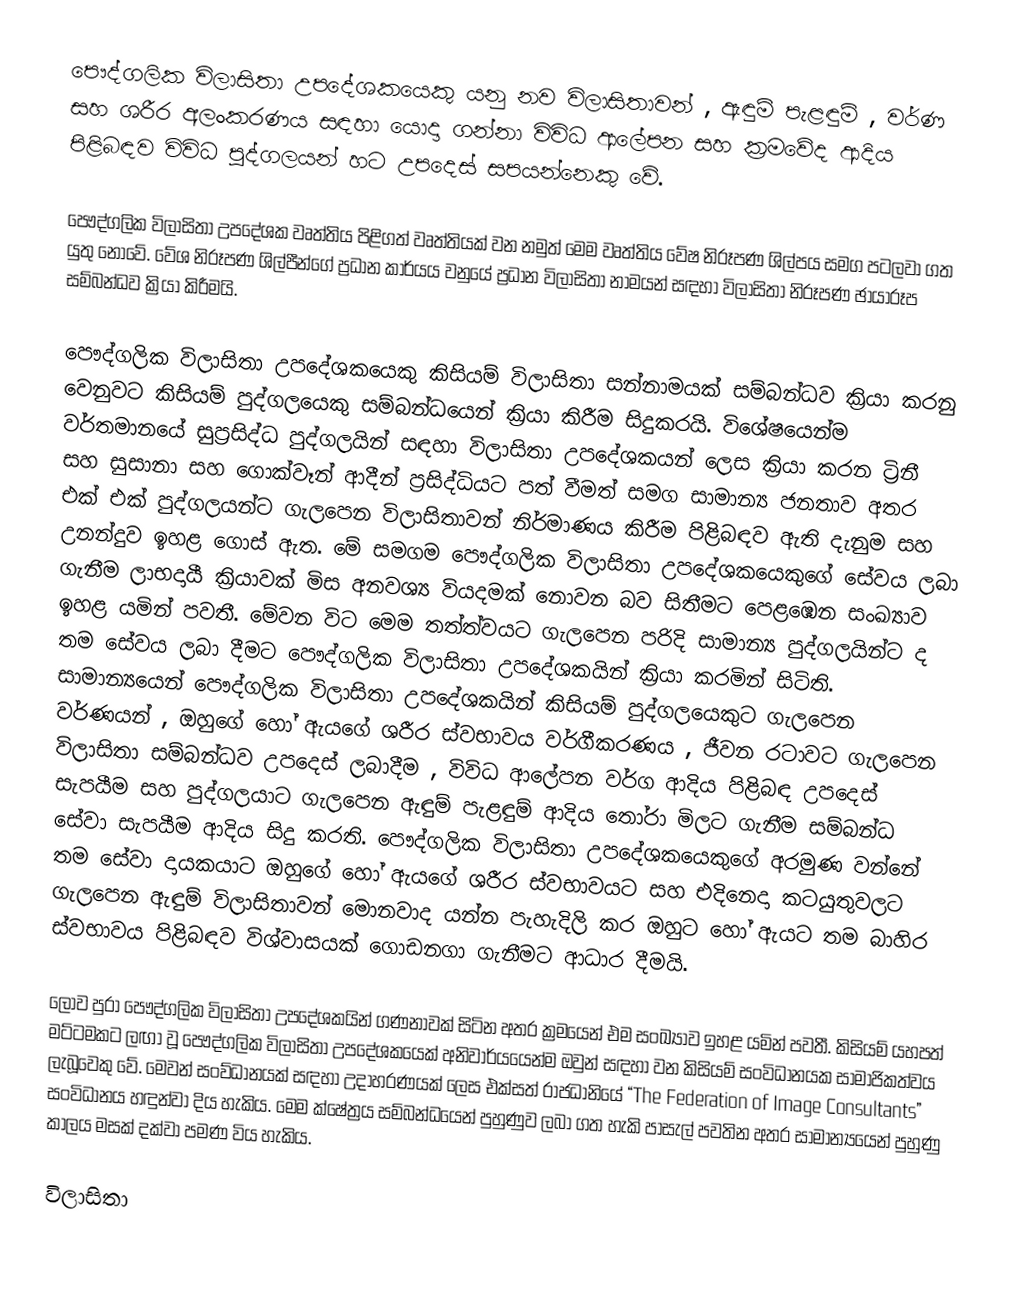
පෞද්ගලික විලාසිතා උපදේශකයෙකු යනු නව විලාසිතාවන් , ඇඳුම් පැළඳුම් , වර්ණ සහ ශරීර අලංකරණය සඳහා යොදා ගන්නා විවිධ ආලේපන සහ ක්‍රමවේද ආදිය පිළිබඳව විවිධ පුද්ගලයන් හට උපදෙස් සපයන්නෙකු වේ.

පෞද්ගලික විලාසිතා උපදේශක වෘත්තිය පිළිගත් වෘත්තියක් වන නමුත් මෙම වෘත්තිය වේෂ නිරූපණ ශිල්පය සමග පටලවා ගත යුතු නොවේ. වේශ නිරූපණ ශිල්පීන්ගේ ප්‍රධාන කාර්යය වනුයේ ප්‍රධාන විලාසිතා නාමයන් සඳහා විලාසිතා නිරූපණ ඡායාරූප සම්බන්ධව ක්‍රියා කිරීමයි.

පෞද්ගලික විලාසිතා උපදේශකයෙකු කිසියම් විලාසිතා සන්නාමයක් සම්බන්ධව ක්‍රියා කරනු වෙනුවට කිසියම් පුද්ගලයෙකු සම්බන්ධයෙන් ක්‍රියා කිරීම සිදුකරයි. විශේෂයෙන්ම වර්තමානයේ සුප්‍රසිද්ධ පුද්ගලයින් සඳහා විලාසිතා උපදේශකයන් ලෙස ක්‍රියා කරන ට්‍රිනී සහ සුසානා සහ ගොක්වෑන් ආදීන් ප්‍රසිද්ධියට පත් වීමත් සමග සාමාන්‍ය ජනතාව අතර එක් එක් පුද්ගලයන්ට ගැලපෙන විලාසිතාවන් නිර්මාණය කිරීම පිළිබඳව ඇති දැනුම සහ උනන්දුව ඉහළ ගොස් ඇත. මේ සමගම පෞද්ගලික විලාසිතා උපදේශකයෙකුගේ සේවය ලබා ගැනීම ලාභදායී ක්‍රියාවක් මිස අනවශ්‍ය වියදමක් නොවන බව සිතීමට පෙළඹෙන සංඛ්‍යාව ඉහළ යමින් පවතී. මේවන විට මෙම තත්ත්වයට ගැලපෙන පරිදි සාමාන්‍ය පුද්ගලයින්ට ද තම සේවය ලබා දීමට පෞද්ගලික විලාසිතා උපදේශකයින් ක්‍රියා කරමින් සිටිති. සාමාන්‍යයෙන් පෞද්ගලික විලාසිතා උපදේශකයින් කිසියම් පුද්ගලයෙකුට ගැලපෙන වර්ණයන් , ඔහුගේ හෝ ඇයගේ ශරීර ස්වභාවය වර්ගීකරණය , ජීවන රටාවට ගැලපෙන විලාසිතා සම්බන්ධව උපදෙස් ලබාදීම , විවිධ ආලේපන වර්ග ආදිය පිළිබඳ උපදෙස් සැපයීම සහ පුද්ගලයාට ගැලපෙන ඇඳුම් පැළඳුම් ආදිය තෝරා මිලට ගැනීම සම්බන්ධ සේවා සැපයීම ආදිය සිදු කරති. පෞද්ගලික විලාසිතා උපදේශකයෙකුගේ අරමුණ වන්නේ තම සේවා දායකයාට ඔහුගේ හෝ ඇයගේ ශරීර ස්වභාවයට සහ එදිනෙදා කටයුතුවලට ගැලපෙන ඇඳුම් විලාසිතාවන් මොනවාද යන්න පැහැදිලි කර ඔහුට හෝ ඇයට තම බාහිර ස්වභාවය පිළිබඳව විශ්වාසයක් ගොඩනගා ගැනීමට ආධාර දීමයි.

ලොව පුරා පෞද්ගලික විලාසිතා උපදේශකයින් ගණනාවක් සිටින අතර ක්‍රමයෙන් එම සංඛ්‍යාව ඉහළ යමින් පවතී. කිසියම් යහපත් මට්ටමකට ලඟා වූ පෞද්ගලික විලාසිතා උපදේශකයෙක් අනිවාර්යයෙන්ම ඔවුන් සඳහා වන කිසියම් සංවිධානයක සාමාජිකත්වය ලැබූවෙකු වේ. මෙවන් සංව්ධානයක් සඳහා උදාහරණයක් ලෙස එක්සත් රාජධානියේ “The Federation of Image Consultants” සංවිධානය හඳුන්වා දිය හැකිය. මෙම ක්ෂේත්‍රය සම්බන්ධයෙන් පුහුණුව ලබා ගත හැකි පාසැල් පවතින අතර සාමාන්‍යයෙන් පුහුණු කාලය මසක් දක්වා පමණ විය හැකිය.

විලාසිතා